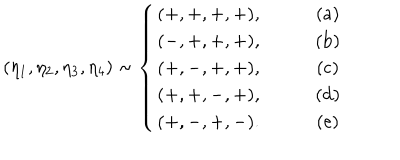
LaTeX: ( \eta _ { 1 } , \eta _ { 2 } , \eta _ { 3 } , \eta _ { 4 } ) \sim \left\{ \begin{array} { c c } { { ( + , + , + , + ) , } } & { { \qquad ( \mathrm { a } ) } } \\ { { ( - , + , + , + ) , } } & { { \qquad ( \mathrm { b } ) } } \\ { { ( + , - , + , + ) , } } & { { \qquad ( \mathrm { c } ) } } \\ { { ( + , + , - , + ) , } } & { { \qquad ( \mathrm { d } ) } } \\ { { ( + , - , + , - ) . } } & { { \qquad ( \mathrm { e } ) } } \\ \end{array} \right.